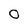
Character: O